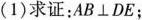
(1)求证：AB⊥DE；